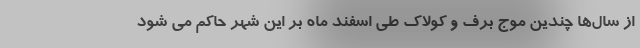
از سال‌ها چندین موج برف و کولاک طی اسفند ماه بر این شهر حاکم می شود